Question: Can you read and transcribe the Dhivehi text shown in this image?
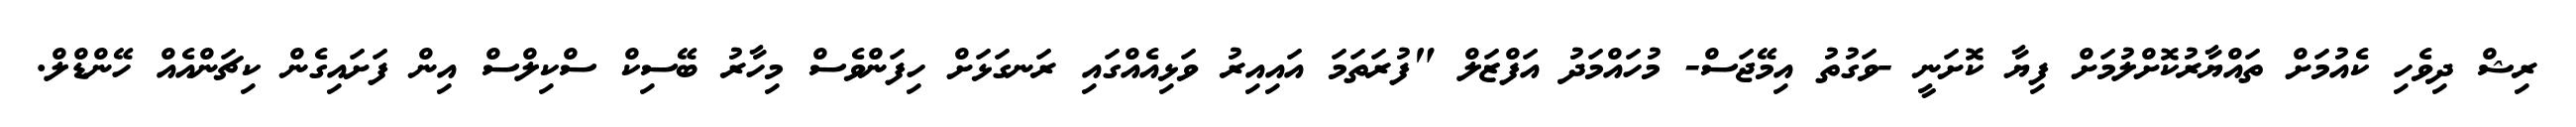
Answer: ރިޝް ދިވެހި ކެއުމަށް ތައްޔާރުކޮށްލުމަށް ފިޔާ ކޮށަނީ -ވަގުތު އިމޭޖަސް- މުހައްމަދު އަފްޒަލް "ފުރަތަމަ އައިއިރު ވަޅިއެއްގައި ރަނގަޅަށް ހިފަންވެސް މިހާރު ބޭސިކް ސްކިލްސް އިން ފަށައިގެން ކިޗަންއެއް ހޭންޑްލް.